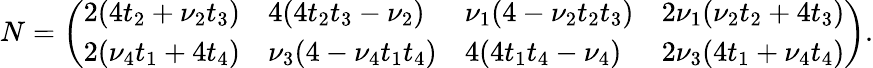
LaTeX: N=\left(\begin{array}{llll}{2(4t_{2}+\nu_{2}t_{3})}&{4(4t_{2}t_{3}-\nu_{2})}&{\nu_{1}(4-\nu_{2}t_{2}t_{3})}&{2\nu_{1}(\nu_{2}t_{2}+4t_{3})}\\ {2(\nu_{4}t_{1}+4t_{4})}&{\nu_{3}(4-\nu_{4}t_{1}t_{4})}&{4(4t_{1}t_{4}-\nu_{4})}&{2\nu_{3}(4t_{1}+\nu_{4}t_{4})}\end{array}\right).